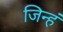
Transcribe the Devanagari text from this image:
जिन्हं